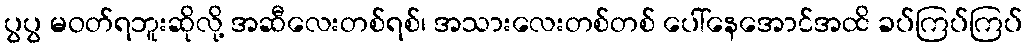
ပွပွ မဝတ်ရဘူးဆိုလို့ အဆီလေးတစ်ရစ်၊ အသားလေးတစ်တစ် ပေါ်နေအောင်အထိ ခပ်ကြပ်ကြပ်